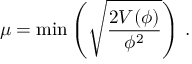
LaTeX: \mu = \mathrm { m i n } \left( \sqrt { \frac { 2 V ( \phi ) } { \phi ^ { 2 } } } \right) \, .